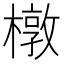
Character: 橔